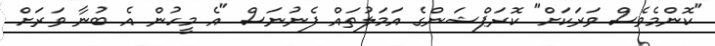
"ކޮންމެވެސް ވަރަކަށް" ކޮރަޕްޝަންގެ އަމަލުތައް ފެނުނަސް "އެ މީހުން އެ ބުނާ ވަރަށް